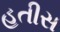
હતીસ